Annual statistical returns and brief notes on vaccination in Bengal - 1887-1898
Year: 1887
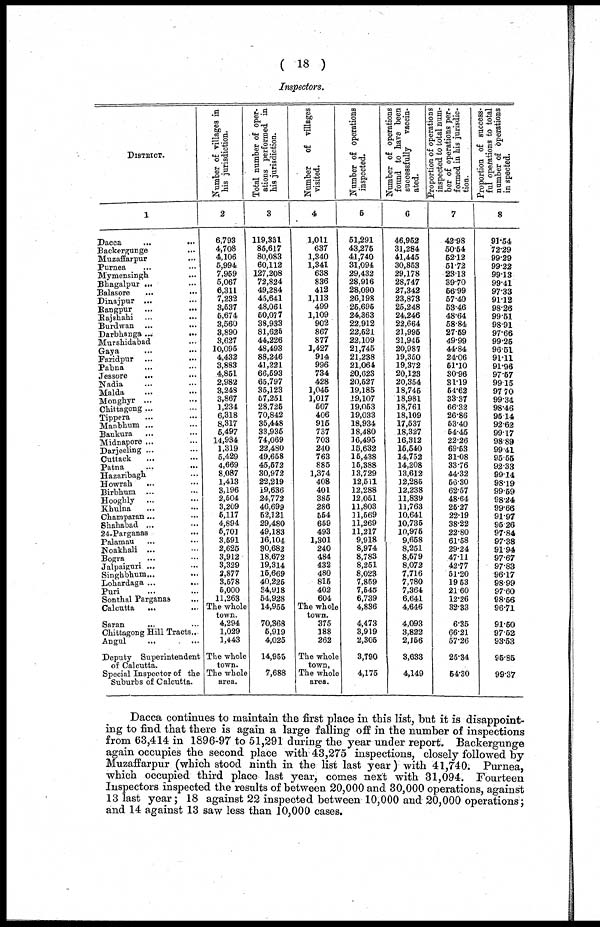
( 18 )
Inspectors.
DISTRICT.
1
Dacca
...
...
Backergunge ...
Muzaffarpur ...
Purnea ... ...
Mymensingh ... ...
Bhagalpur ... ...
Balasore
... ...
Dinajpur ... ...
Rangpur ... ...
Rajshahi ... ...
Burdwan ...
Darbhanga ...
...
Murshidabad ...
Gaya ... ...
Faridpur ... ...
Pabna ... ...
Jessore ... ...
Nadia ... ... ...
Malda ... ...
Monghyr ... ...
Chittagong ... ...
Tippera ... ...
Manbhum ... ...
Bankura ... ...
Midnapore ... ...
Darjeeling ... ...
Cuttack ... ...
Patna ... ...
Hazaribagh ...
Howrah ... ...
Birbhum ... ...
Hooghly ... ...
Khulna ... ...
Champaran... ...
Shahabad ... ...
24-Parganas ...
Palamau ... ...
Noakhali ... ...
Bogra ... ...
Jalpaiguri ... ...
Singhbhum... ...
Lohardaga ...
...
Puri ... ...
Sonthal Parganas ...
Calcutta
... ...
Saran ... ...
Chittagong Hill Tracts...
Angul ... ...
Deputy Superintendent
of Calcutta.
Special Inspector of the
Suburbs of Calcutta.
Number of villages in
his jurisdiction.
2
6,793
4,708
4,106
5,994
7,959
5,067
6,311
7,232
3,537
5,674
3,560
3,890
3,627
10,095
4,432
3,883
4,851
2,982
3,248
3,867
1,234
6,318
8,317
5,497
14,934
1,319
5,429
4,669
8,087
1,413
3,196
2,504
3,209
5,117
4,894
5,701
3,591
2,625
3,912
3,329
2,877
3,578
5,000
11,263
The whole
town.
4,294
1,029
1,443
The whole
town.
The whole
area.
Total number of oper-
ations performed in
his jurisdiction.
3
119,331
85,617
80,083
60,112
127,208
72,824
49,284
45,641
48,061
50,077
38,933
81,625
44,226
48,493
88,246
41,221
66,593
65,797
35,123
57,251
28,725
70,842
35,448
33,935
74,069
22,480
49,658
45,572
30,972
22,219
19,636
24,772
46,699
52,121
29,480
49,183
16,104
30,682
18,672
19,314
15,669
40,225
34,918
54,928
14,955
70,368
5,919
4,025
14,955
7,688
Number
of Tillages
visited.
4
1,011
637
1,340
1,341
638
836
412
1,113
499
1,109
902
867
877
1,427
914
996
734
428
1,045
1,017
507
406
915
737
703
240
763
885
1,374
408
401
385
286
554
659
493
1,301
240
484
432
480
815
402
604
The whole
town.
375
188
262
The whole
town.
The whole
area.
Number of operations
inspected.
5
51,291
43,275
41,740
31,094
29,432
28,916
28,090
26,198
25,695
24,363
22,912
22,521
22,109
21,745
21,238
21,064
20,623
20,527
19,185
19,107
19,053
19,033
18,934
18,480
16,495
15,632
15,438
15,388
13,729
12,511
12,288
12,051
11,803
11,569
11,269
11,217
9,918
8,974
8,783
8,251
8,023
7,859
7,545
6,739
4,836
4,473
3,919
2,305
3,790
4,175
Number of operations
found to have been
successfully
vaccin-
ated.
6
46,952
31,284
41,445
30,853
29,178
28,747
27,342
23,873
25,248
24,246
22,664
21,995
21,945
20,987
19,350
19,372
20,123
20,354
18,745
18,981
18,761
18,109
17,537
18,327
16,312
15,540
14,752
14,208
13,612
12,285
12,238
11,839
11,763
10,641
10,735
10,975
9,658
8,251
8,579
8,072
7,716
7,780
7,364
6,641
4,646
4,093
3,822
2,156
3,633
4,149
Proportion or operations
inspected to total num-
ber of operations per-
formed in his jurisdic-
tion.
7
42.98
50.54
52.12
51.72
23.13
39.70
66.99
57.40
53.46
48.64
58.84
27.59
49.99
44.84
24.06
51.10
30.96
31.19
54.62
33.37
66.32
26.86
53.40
54.45
22.26
69.53
31.08
33.76
44.32
56.30
62.57
48.64
25.27
22.19
38.22
22.80
61.58
29.24
47.11
42.77
51.20
19.53
21.60
12.26
32.33
6.35
66.21
57.26
25.34
54.30
Proportion of success-
ful operations to total
number of operations
inspected.
8
91.54
72.29
99.29
99.22
99.13
99.41
97.33
91.12
98.26
99.51
98.91
97.66
99.25
96.51
91.11
91.96
97.57
99.15
97.70
99.34
98.46
95.14
92.62
99.17
98.89
99.41
95.55
92.33
99.14
98.19
99.59
98.24
99.66
91.97
95.26
97.84
97.38
91.94
97.67
97.83
96.17
98.99
97.60
98.56
96.71
91.50
97.52
93.53
95.85
99.37
Dacca continues to maintain the first place in this list, but it is disappoint-
ing to find that there is again a large falling off in the number of inspections
from 63,414 in 1896-97 to 51,291 during the year under report. Backergunge
again occupies the second place with 43,275 inspections, closely followed by
Muzaffarpur (which stood ninth in the list last year) with 41,740. Purnea,
which occupied third place last year, comes next with 31,094. Fourteen
Inspectors inspected the results of between 20,000 and 30,000 operations, against
13 last year; 18 against 22 inspected between 10,000 and 20,000 operations;
and 14 against 13 saw less than 10,000 cases.